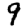
Digit: 9